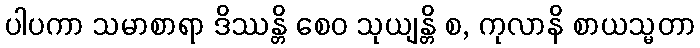
ပါပကာ သမာစာရာ ဒိဿန္တိ စေဝ သုယျန္တိ စ, ကုလာနိ စာယသ္မတာ